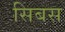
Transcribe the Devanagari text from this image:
सिबस